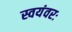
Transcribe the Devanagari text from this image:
स्वयंवरः